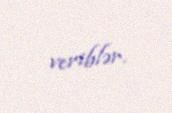
veriblər.